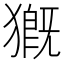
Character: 𤡚